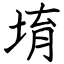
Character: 堉